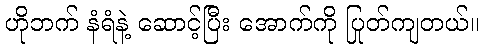
ဟိုဘက် နံရံနဲ့ ဆောင့်ပြီး အောက်ကို ပြုတ်ကျတယ်။